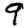
Digit: 9